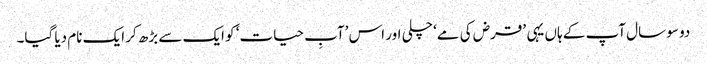
دو سو سال آپ کے ہاں یہی ’قرض کی مے‘ چلی اور اس ’آبِ حیات‘ کو ایک سے بڑھ کر ایک نام دیا گیا۔